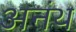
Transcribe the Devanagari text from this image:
अनंथ